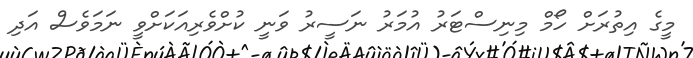
މީގެ އިތުރަށް ހޯމް މިނިސްޓަރު އުމަރު ނަސީރު ވަނީ ކުށްވެރިއަކަށްވީ ނަމަވެސް އަދި